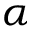
\alpha